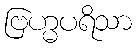
ဗြဟ္မပရိသာ